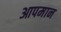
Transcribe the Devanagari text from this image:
आपमान